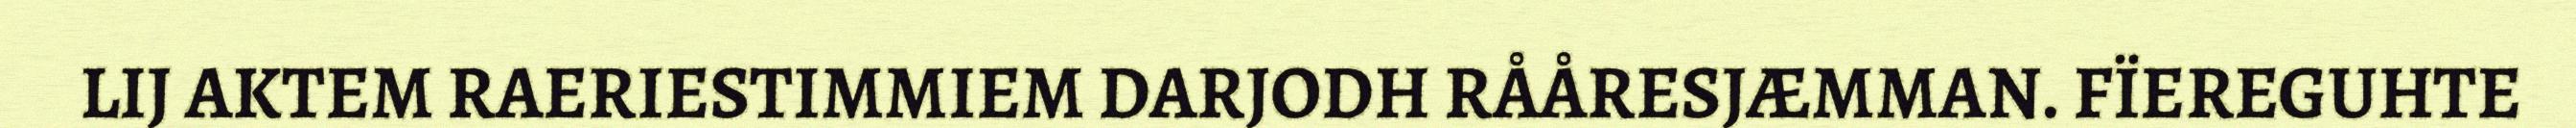
LIJ AKTEM RAERIESTIMMIEM DARJODH RÅÅRESJÆMMAN. FÏEREGUHTE